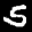
Label: 5